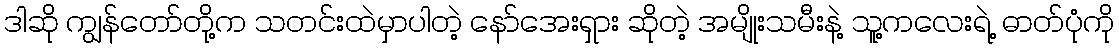
ဒါဆို ကျွန်တော်တို့က သတင်းထဲမှာပါတဲ့ နော်အေးရှား ဆိုတဲ့ အမျိုးသမီးနဲ့ သူ့ကလေးရဲ့ ဓာတ်ပုံကို